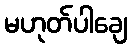
မဟုတ်ပါချေ